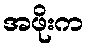
အဖိုးက